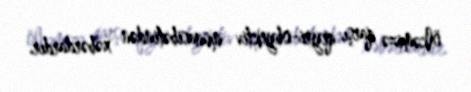
ölkəmizə qarşı qeyri-obyektiv münasibətindən xəbərdardır.